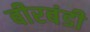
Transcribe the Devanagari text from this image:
बीरबंडी